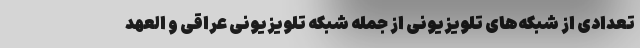
تعدادی از شبکه‌های تلویزیونی از جمله شبکه تلویزیونی عراقی و العهد